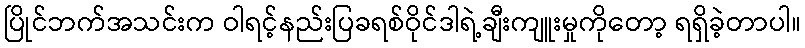
ပြိုင်ဘက်အသင်းက ဝါရင့်နည်းပြခရစ်ဝိုင်ဒါရဲ့ချီးကျူးမှုကိုတော့ ရရှိခဲ့တာပါ။